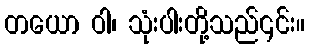
တယော ဝါ၊ သုံးပါးတို့သည်၎င်း။